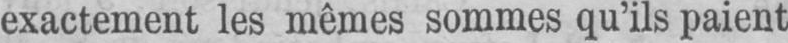
exactement les mêmes sommes qu’ils paient